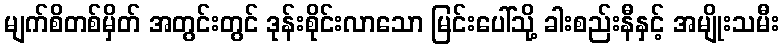
မျက်စိတစ်မှိတ် အတွင်းတွင် ဒုန်းစိုင်းလာသော မြင်းပေါ်သို့ ခါးစည်းနီနှင့် အမျိုးသမီး